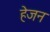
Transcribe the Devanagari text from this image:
हेजन